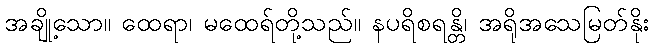
အချို့သော။ ထေရာ၊ မထေရ်တို့သည်။ နပရိစရန္တိ၊ အရိုအသေမြတ်နိုး